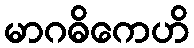
မာဂဓိကေဟိ